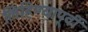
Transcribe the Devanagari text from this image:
लिहिण्‍यापूर्वी